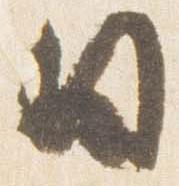
日